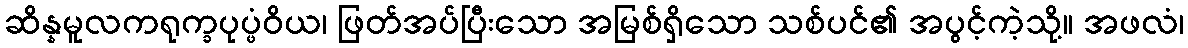
ဆိန္နမူလကရုက္ခပုပ္ဖံဝိယ၊ ဖြတ်အပ်ပြီးသော အမြစ်ရှိသော သစ်ပင်၏ အပွင့်ကဲ့သို့။ အဖလံ၊